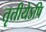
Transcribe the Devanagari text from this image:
तृतीयेऽपि